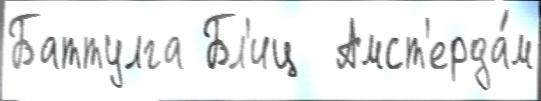
Баттулга Бл'иц  Амст'ерда́м